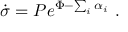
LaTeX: \dot { \sigma } = P e ^ { \Phi - \sum _ { i } \alpha _ { i } } \ .